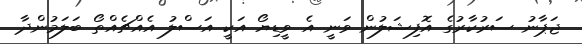
ޖަޕާނު ސަރުކާރުގެ އޮފިޝަލުން ވަނީ އެ ވީޑިޔޯ އަކީ އަސްލު އެއްޗެއްތޯ ބަލަމުންދާ